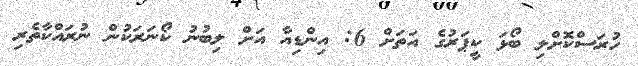
ހުރަސްކޮށްލި ބޯޅަ ކީޕަރުގެ އަތަށް 6: އިންޑިއާ އަށް ލިބުނު ކޯނަރަކުން ނުރައްކާތެރި